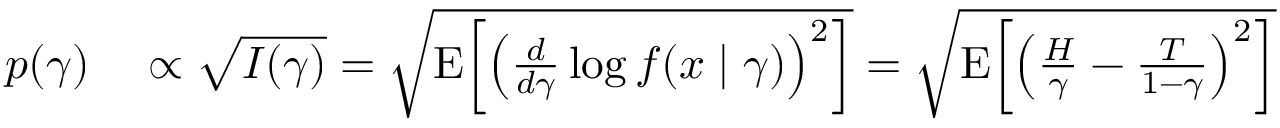
\begin{array} { r l } { p ( \gamma ) } & { { } \propto { \sqrt { I ( \gamma ) } } = { \sqrt { \operatorname { E } \! \left[ \left( { \frac { d } { d \gamma } } \log f ( x \mid \gamma ) \right) ^ { 2 } \right] } } = { \sqrt { \operatorname { E } \! \left[ \left( { \frac { H } { \gamma } } - { \frac { T } { 1 - \gamma } } \right) ^ { 2 } \right] } } } \end{array}